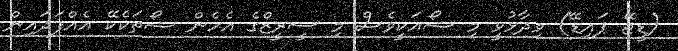
(ޑީޖޭ ޕައިޑޭ) ވިދާޅުވީ މި ޝޯއަކީވެސް މި ސީރީޒްގެ އެހެން ޝޯތަކެކޭ އެއްފަދައިން